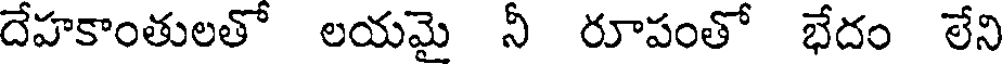
దేహకాంతులతో లయమై నీ రూపంతో భేదం లేని